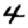
Digit: 4